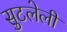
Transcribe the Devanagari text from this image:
सुटलेली